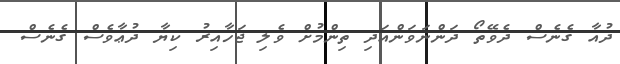
ދުއާ ގެނެސް ދެވޭތޯ ދަންނަވަންއަދި ތިންމުށް ވެލި ޖަހާއިރު ކިޔާ ދުޢާވެސް ގެނެސް